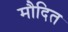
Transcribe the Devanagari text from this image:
मौदित